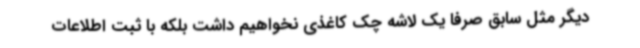
دیگر مثل سابق صرفا یک لاشه چک کاغذی نخواهیم داشت بلکه با ثبت اطلاعات